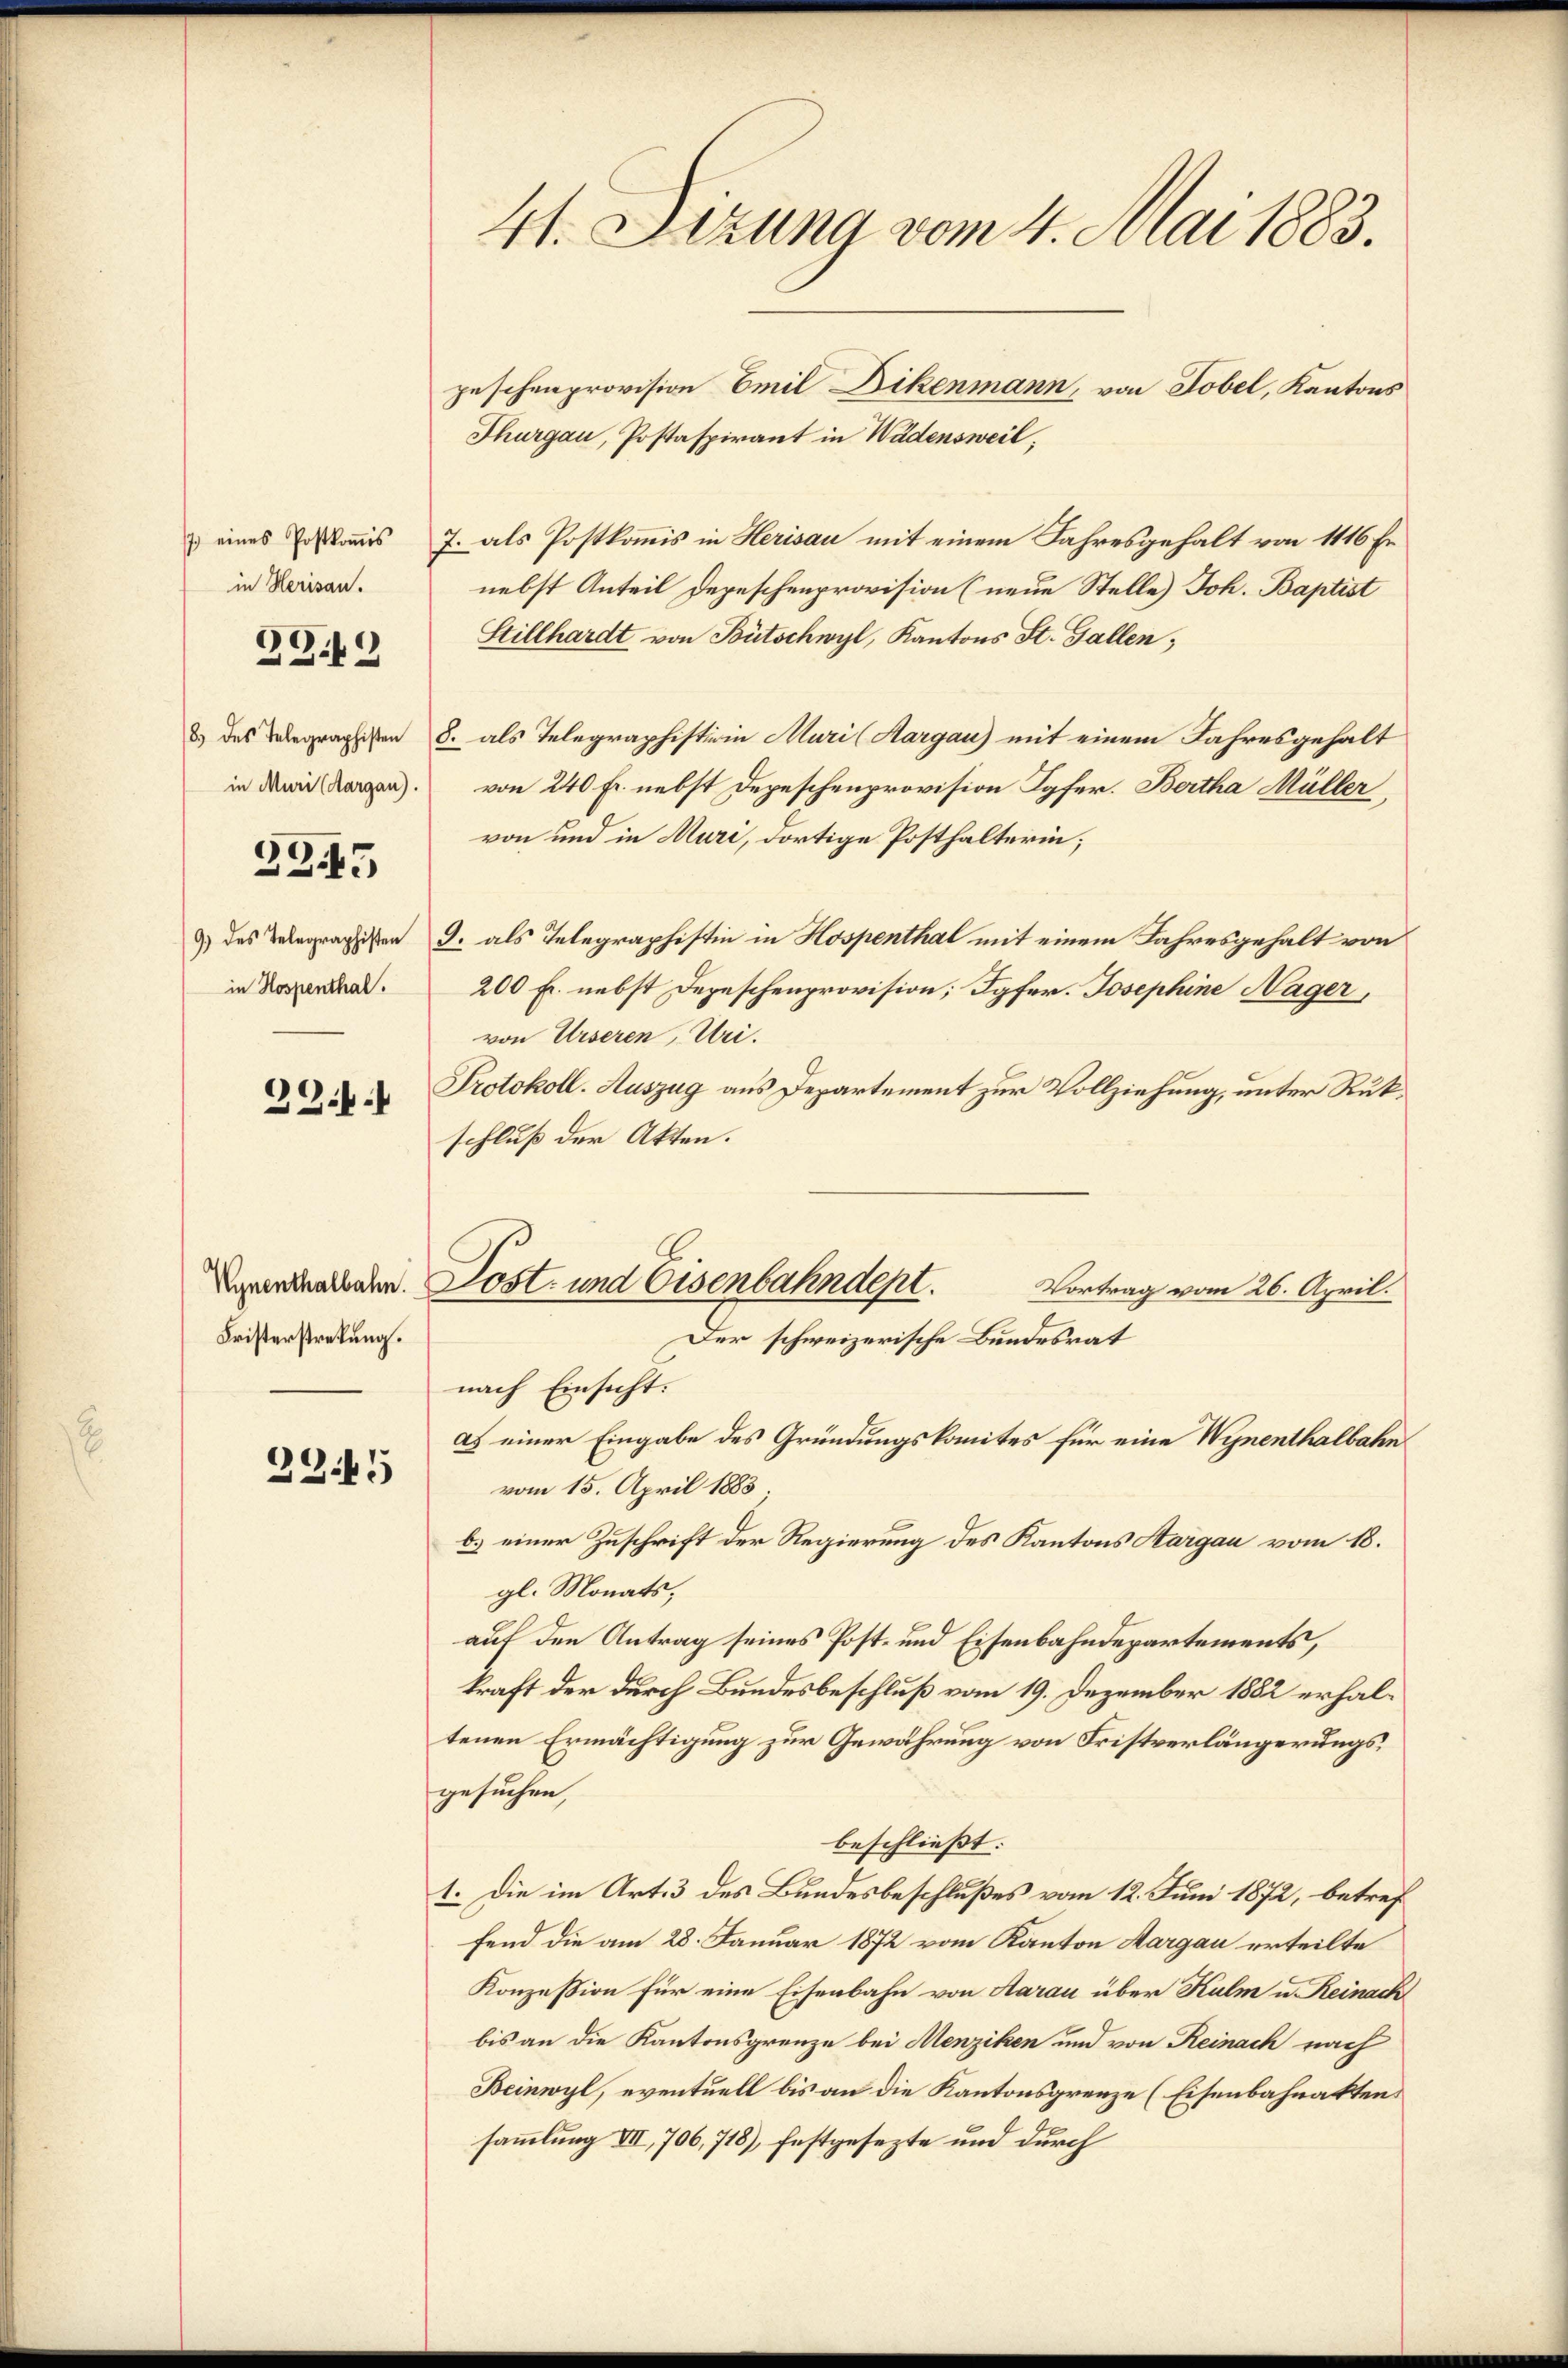
7. eines Postkoṁis
in Herisau.

2949

in Muri (Aargau).

3345

9) des Telegraphisten
in Hospenthal.

334.

Vynenthalbahn.
Fristerstretung.

2345

41. Sizung vom 4. Mai 1883.

Thurgau, Postaspirant in Wädensweil,
7. als Postkommis in Herisau mit einem Jahresgehalt von 1116 Er
nebst Anteil Depeschenprovision (neue Stelle) Joh. Baptist
Stillhardt von Bütschwyl, Kantons St. Gallen,
8. des Telegraphisten S. als Telegraphistian Muri (Margau) mit einem Jahresgehalt
von 240 Fr. nebst Depeschenprovision Tafer. Bertha Müller,
von und in Muri, dortige Posthalterin;
9. als Telegraphistin in Hospenthal mit einem Jahresgehalt von
200 Fr. nebst Depeschenprovision; Igfer. Josephine Nager,
von Urseren, Uri.
Protokoll. Auszug aus Departement zur Vollziehung, unter Rükschluß der Akten.
Lost- und Eisenbahndept.
Vortrag vom 26. April.
Der schweizerische Bundesrat
nach Einsicht.
as einer Eingabe des Gründungskomites für eine Wynenthalbahn
vom 15. April 1883;
b.) einer Zuschrift der Regierung des Kantons Aargau vom 18.
gl. Monats,
auf den Antrag seines Post- und Eisenbahndepartements,
kraft der durch Bundesbeschluß vom 19. Dezember 1882 erhaltenen Ermächtigung zur Gewährung von Fristverlängerungsgesuchen,
beschließt:
1. Die im Art. 3 des Bundesbeschlußes vom 12. Juni 1872, betref
fend die am 28. Januar 1872 vom Kanton Margau erteilte
Konzession für eine Eisenbahn von Aarau über Kulm u. Reinach
bis an die Kantonsgrenze bei Menziken und von Reinach nach
Beinwyl, eventuell bis an die Kantonsgrenze (Eisenbahnakten.
sammlung VII, 706, 718), festgesezte und durch

peschenprovision Emil Dikenmann, von Tobel, Kantons